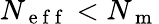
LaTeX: N_{\mathrm{~e~f~f~}}<N_{\mathrm{~m~}}